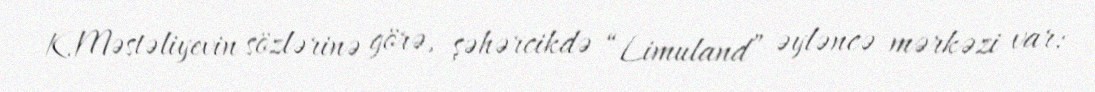
K.Məstəliyevin sözlərinə görə, şəhərcikdə “Limuland” əyləncə mərkəzi var: